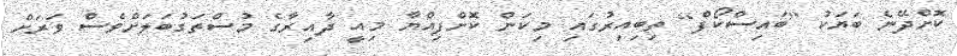
ކޮށްދޭނެ ބަޔަކު [ބައިސްކޯފް] ތިބިއިރުގައި މިކަން ކޮށްފިއްޔާ މިއީ ދާއިރާގެ މުސްތަގުބަލަށްވެސް ވަރަށް